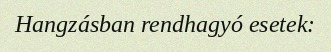
Hangzásban rendhagyó esetek: